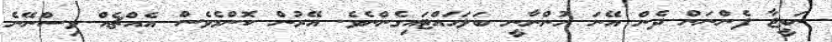
ނަތީޖާ ފެންނަން ދެން އޭނަ ހުންނާނީ ބަލަހައްޓައިގެންނެވެ. އޭރުން ކޮންމެވެސް އެއްޗެއް ވިސްނޭނެ